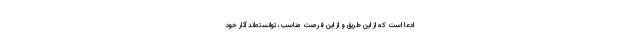
ادعا است که از این طریق و از این فرصت مناسب، توانسته‌اند آثار خود